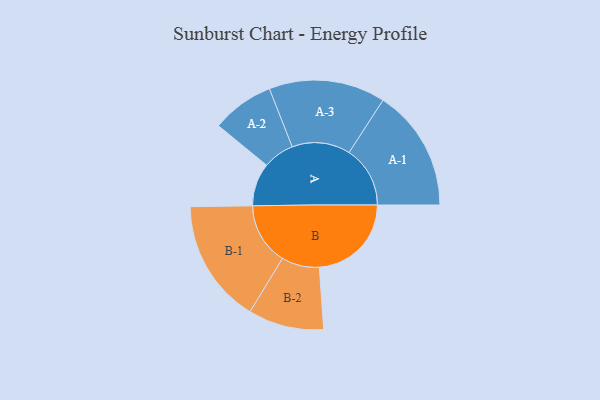
{"axis": {"x": "Segment", "y": "Value"}, "legend": ["", "A", "B"], "data": [{"x": "A", "y": 183, "type": ""}, {"x": "B", "y": 392, "type": ""}, {"x": "A-1", "y": 260, "type": "A"}, {"x": "A-2", "y": 133, "type": "A"}, {"x": "A-3", "y": 248, "type": "A"}, {"x": "B-1", "y": 264, "type": "B"}, {"x": "B-2", "y": 161, "type": "B"}]}